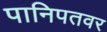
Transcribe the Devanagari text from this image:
पानिपतवर